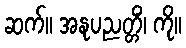
ဆက်။ အနုပညတ္တိံ၊ ကို။